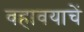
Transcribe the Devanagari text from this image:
वहावयाचें